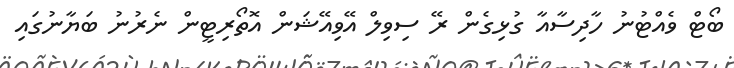
ބޯޓް ވެއްޓުނު ހާދިސާއާ ގުޅިގެން ރޭ ސިވިލް އޭވިއޭޝަން އޮތޯރިޓީން ނެރުނު ބަޔާނުގައި